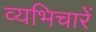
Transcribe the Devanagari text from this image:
व्यभिचारें